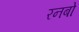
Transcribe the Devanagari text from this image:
रनबो